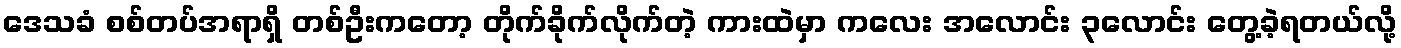
ဒေသခံ စစ်တပ်အရာရှိ တစ်ဦးကတော့ တိုက်ခိုက်လိုက်တဲ့ ကားထဲမှာ ကလေး အလောင်း ၃လောင်း တွေ့ခဲ့ရတယ်လို့